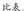
比表。行应区│求'{人。年)](人+年5|在9(天·午}]|量]来'|必。率17(万元}中是Ⅰ780261354 0000